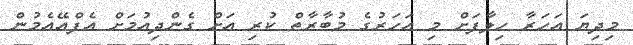
މިދިޔަ އަހަރާ ހިލާފަށް މި އަހަރުގެ މުބާރާތް ކުރި އަށް ގެންދިއުމަށް އެފްއޭއެމުން